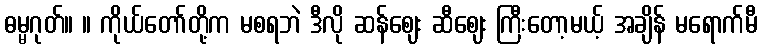
ဓမ္မဂုတ်။ ။ ကိုယ်တော်တို့က မစရဘဲ ဒီလို ဆန်ဈေး ဆီဈေး ကြီးတော့မယ့် အချိန် မရောက်မီ